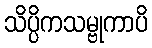
သိပ္ပိကသမ္ဗုကာပိ